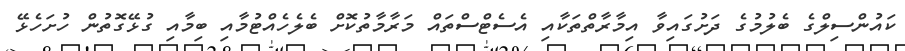
ކައުންސިލްގެ ބެލުމުގެ ދަށުގައިވާ އިމާރާތްތަކާއި އެސެޓްސްތައް މަރާމާތުކޮށް ބެލެހެއްޓުމާއި ބިމާއި ގުޅޭގޮތުން ހުށަހެޅޭ